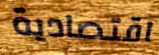
اقتصادية